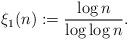
LaTeX: \begin{align*}\xi_1(n):=\frac{\log n}{\log \log n}.\end{align*}